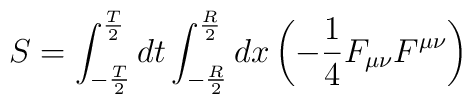
S=\int_{-{T\over 2}}^{{T\over 2}} dt \int_{-{R\over 2}}^{{R\over 2}}dx \left( -{ 1 \over 4 }F_{\mu\nu}F^{\mu\nu}\right)